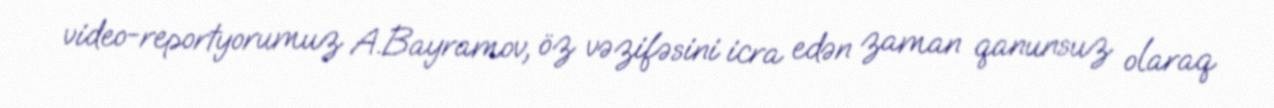
video-reportyorumuz A.Bayramov, öz vəzifəsini icra edən zaman qanunsuz olaraq